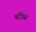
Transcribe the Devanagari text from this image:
बत्रिस